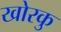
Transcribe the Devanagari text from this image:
खोरकु